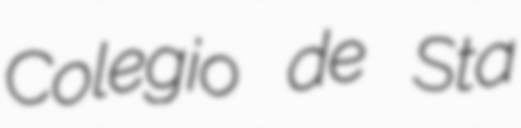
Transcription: Colegio de Sta